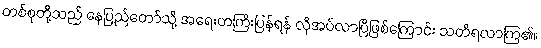
တစ်စုတို့သည် နေပြည်တော်သို့ အရေးတကြီးပြန်ရန် လိုအပ်လာပြီဖြစ်ကြောင်း သတိရလာကြ၏။